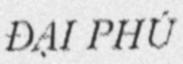
ĐẠI PHÚ